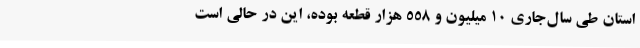
استان طی سال‌جاری 10 میلیون و 558 هزار قطعه بوده، این در حالی است